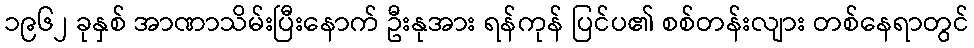
၁၉၆၂ ခုနှစ် အာဏာသိမ်းပြီးနောက် ဦးနုအား ရန်ကုန် ပြင်ပ၏ စစ်တန်းလျား တစ်နေရာတွင်